Annual administration report of the Civil Veterinary Department of India - 1898-1899
Year: 1898
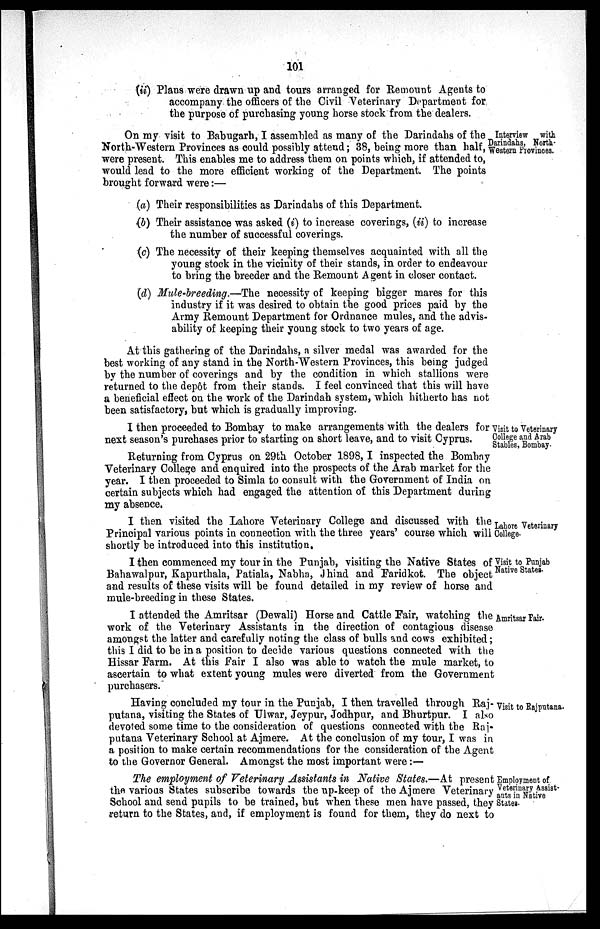
101
(ii) Plans were drawn up and tours arranged for Remount Agents to
accompany the officers of the Civil Veterinary Department for
the purpose of purchasing young horse stock from the dealers.
Interview with
Darindahs, North-
Western Provinces.
On my visit to Babugarh, I assembled as many of the Darindahs of the
North-Western Provinces as could possibly attend; 38, being more than half,
were present. This enables me to address them on points which, if attended to,
would lead to the more efficient working of the Department. The points
brought forward were:—
(a) Their responsibilities as Darindahs of this Department.
(b) Their assistance was asked (i) to increase coverings, (ii) to increase
the number of successful coverings.
(c) The necessity of their keeping themselves acquainted with all the
young stock in the vicinity of their stands, in order to endeavour
to bring the breeder and the Remount A gent in closer contact.
(d) Mule-breeding.—The necessity of keeping bigger mares for this
industry if it was desired to obtain the good prices paid by the
Army Remount Department for Ordnance mules, and the advis-
ability of keeping their young stock to two years of age.
At this gathering of the Darindahs, a silver medal was awarded for the
best working of any stand in the North-Western Provinces, this being judged
by the number of coverings and by the condition in which stallions were
returned to the depôt from their stands. I feel convinced that this will have
a beneficial effect on the work of the Darindah system, which hitherto has not
been satisfactory, but which is gradually improving.
Visit to Veterinary
College and Arab
Stables, Bombay.
I then proceeded to Bombay to make arrangements with the dealers for
next season's purchases prior to starting on short leave, and to visit Cyprus.
Returning from Cyprus on 29th October 1898, I inspected the Bombay
Veterinary College and enquired into the prospects of the Arab market for the
year. I then proceeded to Simla to consult with the Government of India on
certain subjects which had engaged the attention of this Department during
my absence.
Lahore Veterinary
College.
I then visited the Lahore Veterinary College and discussed with the
Principal various points in connection with the three years' course which will
shortly be introduced into this institution.
Visit to Punjab
Native States.
I then commenced my tour in the Punjab, visiting the Native States of
Bahawalpur, Kapurthala, Patiala, Nabha, Jhind and Faridkot. The object
and results of these visits will be found detailed in my review of horse and
mule-breeding in these States.
Amritsar Fair.
I attended the Amritsar (Dewali) Horse and Cattle Fair, watching the
work of the Veterinary Assistants in the direction of contagious disease
amongst the latter and carefully noting the class of bulls and cows exhibited;
this I did to be in a position to decide various questions connected with the
Hissar Farm. At this Fair I also was able to watch the mule market, to
ascertain to what extent young mules were diverted from the Government
purchasers.
Visit to Rajputana.
Having concluded my tour in the Punjab, I then travelled through Raj-
putana, visiting the States of Ulwar, Jeypur, Jodhpur, and Bhurtpur. I also
devoted some time to the consideration of questions connected with the Raj-
putana Veterinary School at Ajmere. At the conclusion of my tour, I was in
a position to make certain recommendations for the consideration of the Agent
to the Governor General. Amongst the most important were:—
Employment of
Veterinary Assist-
ants in Native
States.
The employment of Veterinary Assistants in Native States.—At present
the various States subscribe towards the up-keep of the Ajmere Veterinary
School and send pupils to be trained, but when these men have passed, they
return to the States, and, if employment is found for them, they do next to